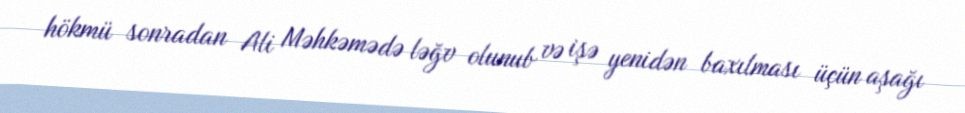
hökmü sonradan Ali Məhkəmədə ləğv olunub və işə yenidən baxılması üçün aşağı